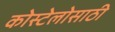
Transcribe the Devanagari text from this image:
कोस्टेलोसाठी